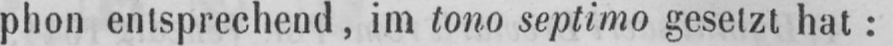
phon entsprechend, im tono septimo gesetzt hat: